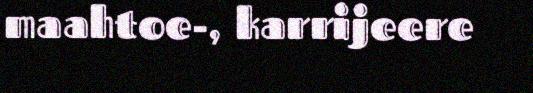
maahtoe-, karrijeere